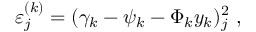
\varepsilon _ { j } ^ { ( k ) } = ( \gamma _ { k } - \psi _ { k } - \Phi _ { k } y _ { k } ) _ { j } ^ { 2 } \mathrm { ~ , ~ }